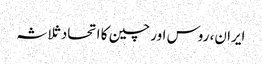
ایران، روس اور چین کا اتحاد ثلاثہ